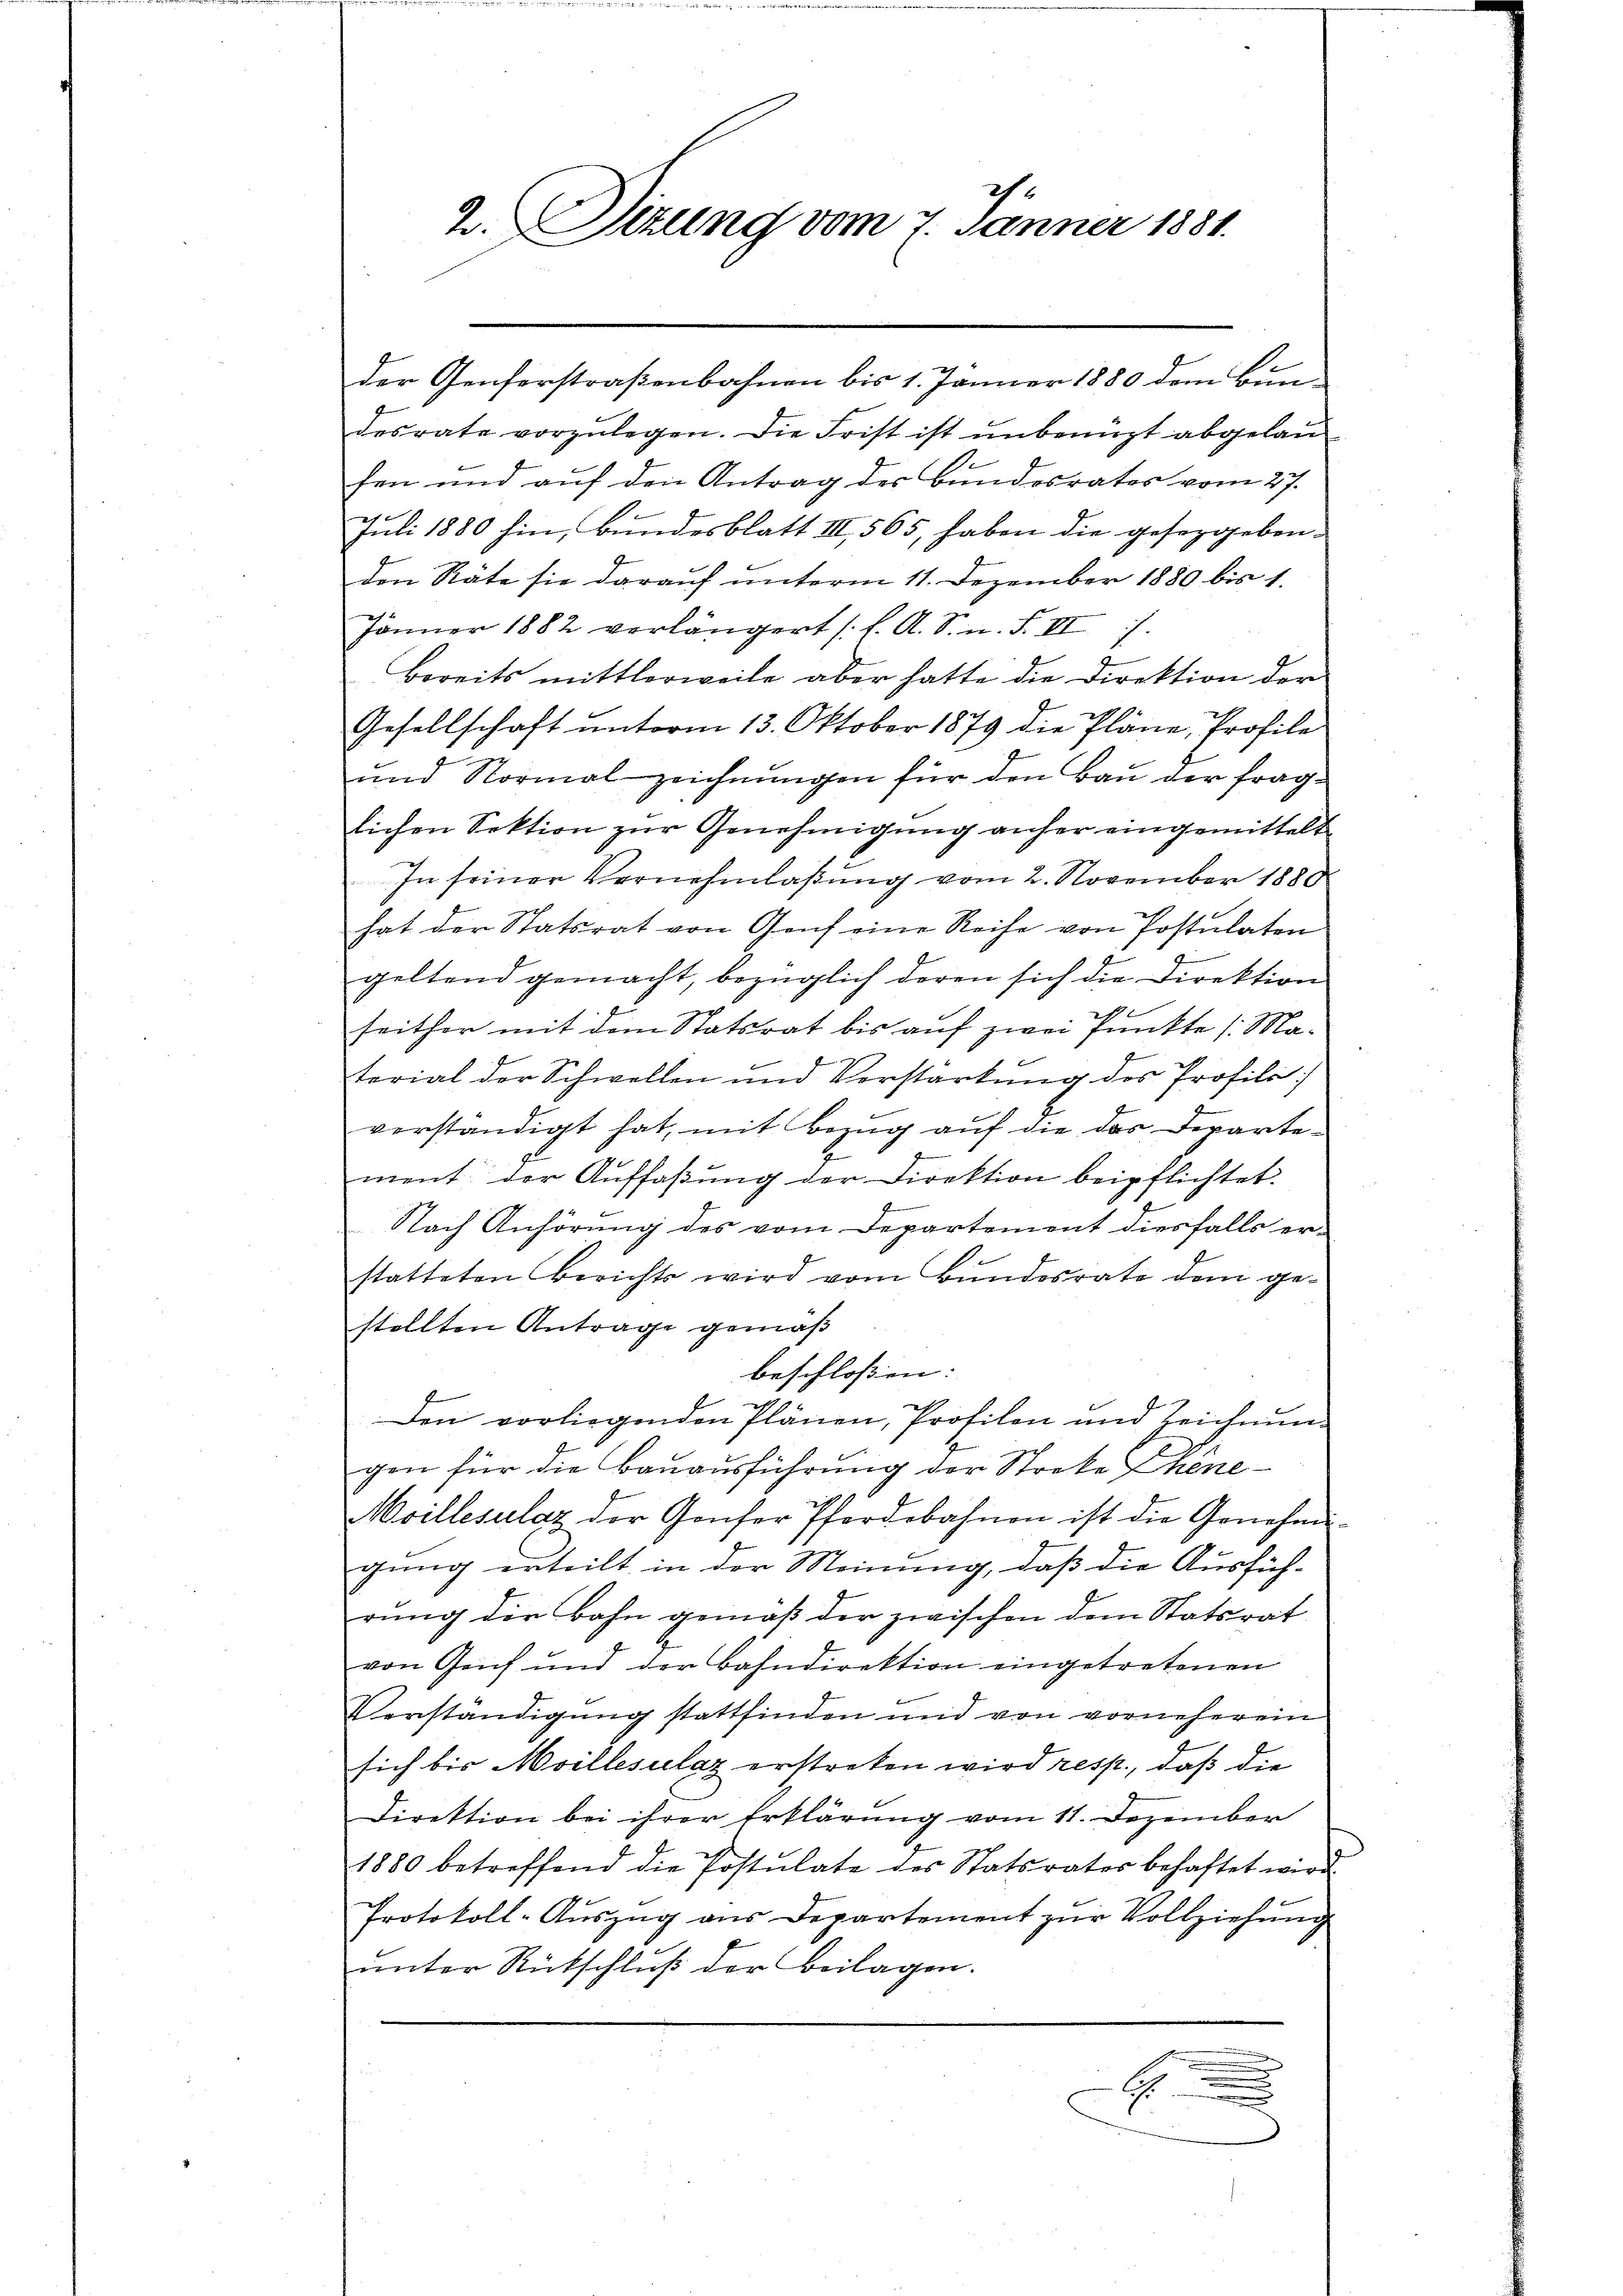
2. Sizung vom 7. Jänner 1881.

der Genforstraßenbahnen bis 1. Jänner 1880 dem Bun
desrate vorzŭlegen. Die Frist ist unbenuzt abgelaufen und auf den Antrag des Bundesrates vom 27.
Juli 1880 hin, Bundesblatt III 565, haben die gesezgeben-
den Räte sie darauf unterm 11. Dezember 1880 bis 1.
Jänner 1882 verlängert (l. A. S. n. F. III 7.
Bereits mittlerweile aber hatte die Direktion der
Gesellschaft ŭnterm 13. Oktober 1879 die Pläne, Profile
und Normalzeichnungen für den Bau der fraglichen Sektion zur Genehmigung anher eingemittelt
In seiner Vernehmlaßung vom 2. November 1880
hat der Statsrat von Genf eine Reihe von Postulaten
7.
geltend gemacht, bezüglich deren sich die Direktion
seither mit dem Statsrat bis auf zwei Punkte /: Material der Schwellen und Vorstärkung des Profili
verständigt hat, mit Bezug auf die das Departement der Auffaßung der Direktion beipflichtet.
Nach Anhörung des vom Departement diesfalls er-
statteten Berichts wird vom Bŭndesrate dem ge-
stellten Antrage gemäß
beschloßen:
t
Den vorliegenden Plänen, Profilen und Zeichnung
gen für die Bauausführung der Streke Chene
Moillesalaz der Genfer Pferdebahnen ist die Genehmi-
gung erteilt in der Meinung, daß die Ausfüh-
rung der Bahn gemäß der zwischen dem Statsrat
von Genf und der Bahndirektion eingetretenen
Verständigung stattfinden und von vorneherein
sich bis Moillesulaz erstreten wird resp., daß die
Direktion bei ihrer Erklärung vom 11. Dezember
1880 betreffend die Postulate des Statsrates behaftet wird.
Protokoll-Aŭszŭg ans Departement zŭr Vollziehŭng
unter Rückschluß der Beilagen.